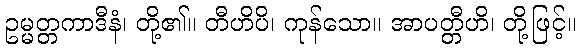
ဥမ္မတ္တကာဒီနံ၊ တို့၏။ တီဟိပိ၊ ကုန်သော။ အာပတ္တီဟိ၊ တို့ဖြင့်။